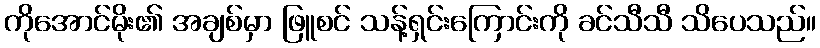
ကိုအောင်မိုး၏ အချစ်မှာ ဖြူစင် သန့်ရှင်းကြောင်းကို ခင်သီသီ သိပေသည်။